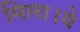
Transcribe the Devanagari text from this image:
मिला।ये